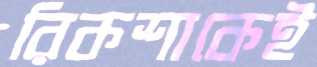
রিকশাকেই